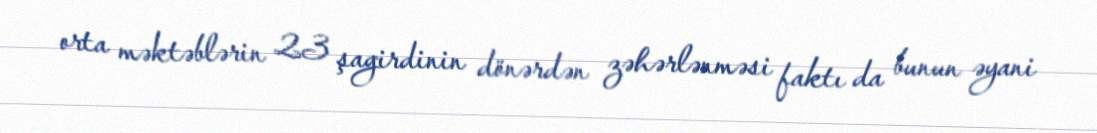
orta məktəblərin 23 şagirdinin dönərdən zəhərlənməsi faktı da bunun əyani